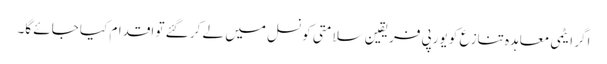
اگر ایٹمی معاہدہ تنازع کو یورپی فریقین سلامتی کونسل میں لے کر گئے تو اقدام کیا جائے گا۔